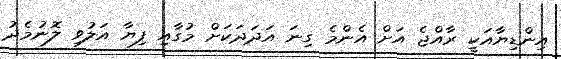
އިންޑިޔާއަކީ ރާއްޖެ އަށް އެންމެ ގިނަ އަދަދަކަށް މުގާއި ފިޔާ އަލުވި ލޮނުމެދު